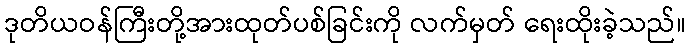
ဒုတိယဝန်ကြီးတို့အားထုတ်ပစ်ခြင်းကို လက်မှတ် ရေးထိုးခဲ့သည်။